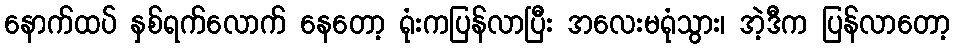
နောက်ထပ် နှစ်ရက်လောက် နေတော့ ရုံးကပြန်လာပြီး အလေးမရုံသွား၊ အဲ့ဒီက ပြန်လာတော့